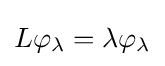
L\varphi _{\lambda }=\lambda \varphi _{\lambda }